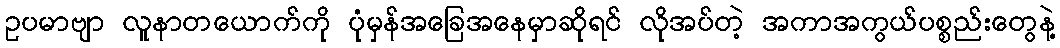
ဥပမာဗျာ လူနာတယောက်ကို ပုံမှန်အခြေအနေမှာဆိုရင် လိုအပ်တဲ့ အကာအကွယ်ပစ္စည်းတွေနဲ့